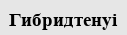
Гибридтенуі